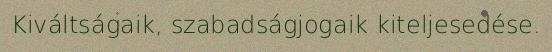
Kiváltságaik, szabadságjogaik kiteljesedése.